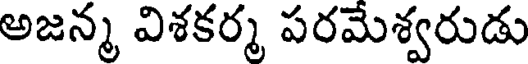
అజన్మ విశకర్మ పరమేశ్వరుడు